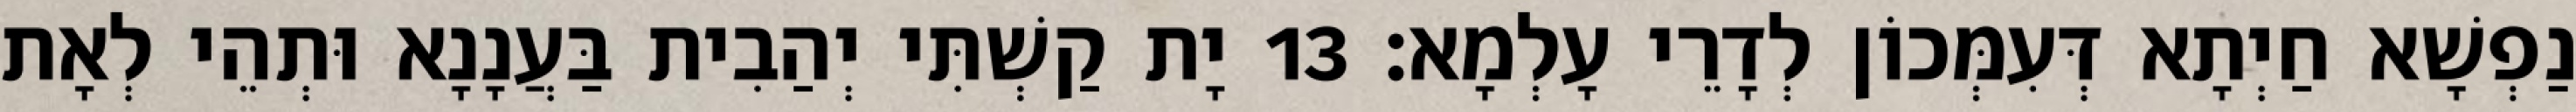
נַפְשָׁא חַיְתָא דְּעִמְּכוֹן לְדָרֵי עָלְמָא׃ 13 יָת קַשְׁתִּי יְהַבִית בַּעֲנָנָא וּתְהֵי לְאָת